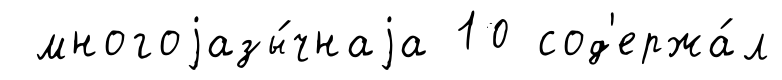
многоjазы́чнаjа 10 сод'ержа́л